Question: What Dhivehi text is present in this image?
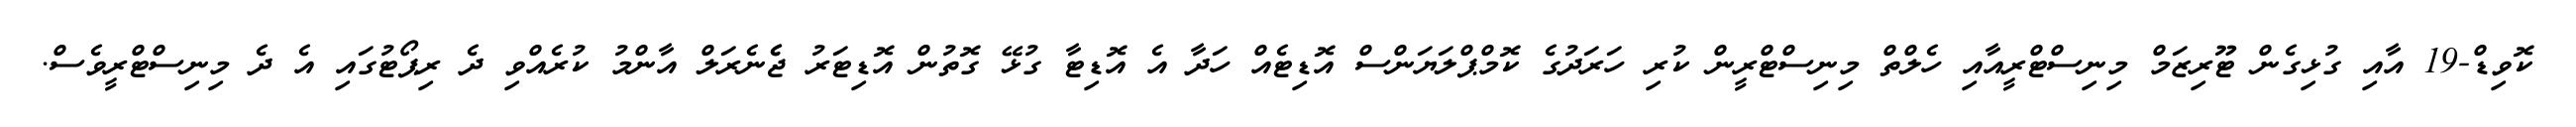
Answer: ކޮވިޑް-19 އާއި ގުޅިގެން ޓޫރިޒަމް މިނިސްޓްރީއާއި ހެލްތް މިނިސްޓްރީން ކުރި ހަރަދުގެ ކޮމްޕްލަޔަންސް އޮޑިޓެއް ހަދާ އެ އޮޑިޓާ ގުޅޭ ގޮތުން އޮޑިޓަރު ޖެެނެރަލް އާންމު ކުރެއްވި ދެ ރިޕޯޓުގައި އެ ދެ މިނިސްޓްރީވެސް.